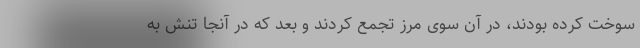
سوخت کرده بودند، در آن سوی مرز تجمع کردند و بعد که در آنجا تنش به